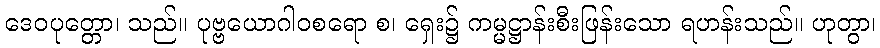
ဒေဝပုတ္တော၊ သည်။ ပုဗ္ဗယောဂါဝစရော စ၊ ရှေး၌ ကမ္မဋ္ဌာန်းစီးဖြန်းသော ရဟန်းသည်။ ဟုတွာ၊